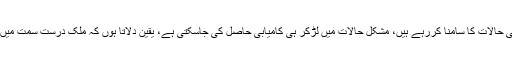
انہوں نے کہا کہ آج ہمارا وطن مشکل صورتحال میں ہے، ہم مشکل معاشی حالات کا سامنا کررہے ہیں، مشکل حالات میں لڑکر ہی کامیابی حاصل کی جاسکتی ہے، یقین دلاتا ہوں کہ ملک درست سمت میں آگیا ہے، اب ہمیں ایک قوم ہو کر اس سارے سلسلے کو جاری رکھنا ہے۔